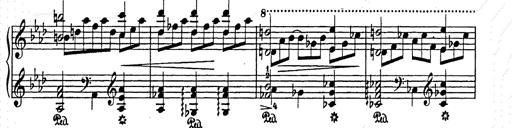
Title: Elegy No.1
Composer: Franz Liszt
Key: A-flat major